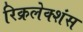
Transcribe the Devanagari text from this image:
रिक्रलेक्शंस